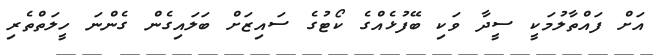
އަށް ފައްތާލުމަކީ ސީދާ ވަކި ބޭފުޅެއްގެ ކޯޓުގެ ސައިޒަށް ބަލައިގެން ގެންނަ ހީލަތްތެރި